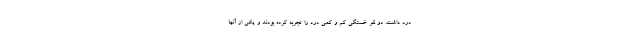
درد داشت. دو نفر خستگی کم و کمی درد را تجربه کرده بودند و یکی از آنها